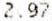
2.97